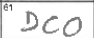
Transcription: DCO